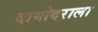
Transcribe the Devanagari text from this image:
दामोदराला